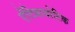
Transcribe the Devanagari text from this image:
एेंटिबायोटिक